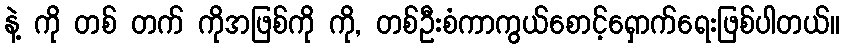
နဲ့ ကို တစ် တက် ကိုအဖြစ်ကို ကို, တစ်ဦးစံကာကွယ်စောင့်ရှောက်ရေးဖြစ်ပါတယ်။